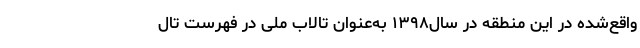
واقع‌شده در این منطقه در سال‌۱۳۹۸ به‌عنوان تالاب ملی در فهرست تال